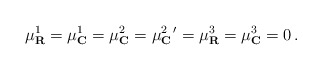
\begin{align*}\mu_{\mathbf{R}}^1=\mu_{\mathbf{C}}^1=\mu_{\mathbf{C}}^2 =\mu_{\mathbf{C}}^{2\,\,\,\prime}=\mu_{\mathbf{R}}^3 =\mu_{\mathbf{C}}^3=0\,.\end{align*}